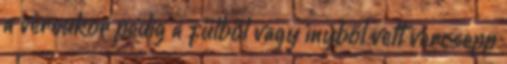
a vércukor pedig a fülből vagy ínyből vett vércsepp